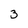
Character: 3